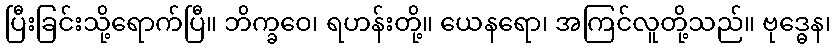
ပြီးခြင်းသို့ရောက်ပြီ။ ဘိက္ခဝေ၊ ရဟန်းတို့။ ယေနရော၊ အကြင်လူတို့သည်။ ဗုဒ္ဓေန၊